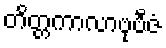
တိတ္တကာလာဗုဗီဇံ